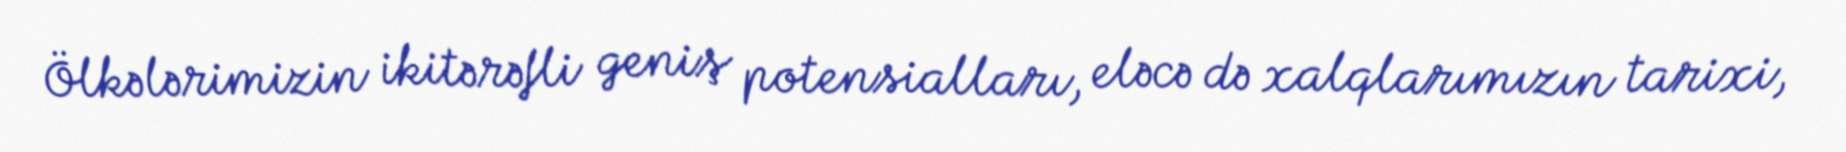
Ölkələrimizin ikitərəfli geniş potensialları, eləcə də xalqlarımızın tarixi,